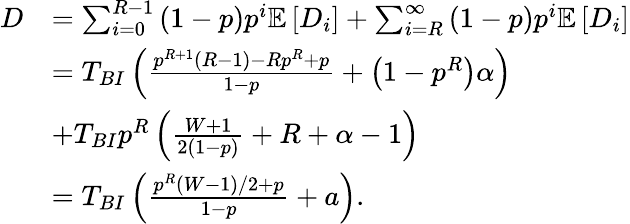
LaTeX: \begin{array}{rl}{D}&{=\sum_{i=0}^{R-1}\left(1-p\right)p^{i}\mathbb{E}\left[{D}_{i}\right]+\sum_{i=R}^{\infty}\left(1-p\right)p^{i}\mathbb{E}\left[{D}_{i}\right]}\\ &{=T_{BI}\left(\frac{p^{R+1}\left(R-1\right)-Rp^{R}+p}{1-p}+\left(1-p^{R}\right)\alpha\right)}\\ &{+T_{BI}p^{R}\left(\frac{W+1}{2(1-p)}+R+\alpha-1\right)}\\ &{=T_{BI}\left(\frac{p^{R}({W-1})/{2}+p}{1-p}+a\right).}\end{array}